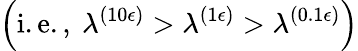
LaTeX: \left(\mathrm{i.e.,~}\lambda^{(10\epsilon)}>\lambda^{(1\epsilon)}>\lambda^{(0.1\epsilon)}\right)